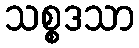
သစ္စဒသာ